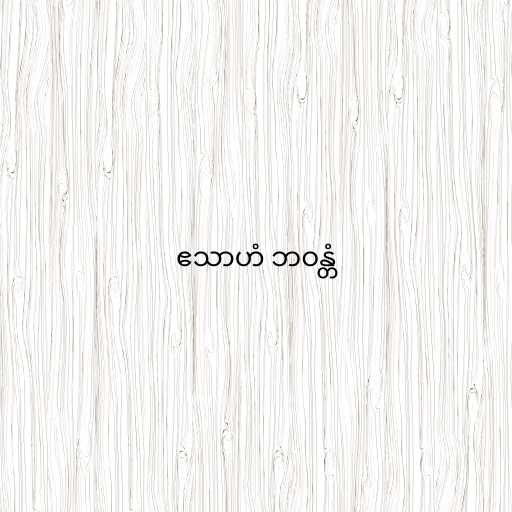
ဧသာဟံ ဘဝန္တံ